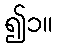
၍၁။